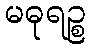
မဓုရဉ္စ